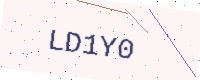
Text: LD1Y0